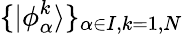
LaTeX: \{ \vert\phi_{\alpha}^{k}\rangle\} _{\alpha\in I,k=1,N}